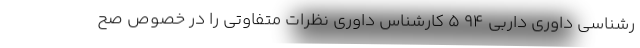
رشناسی داوری داربی ۹۴ ۵ کارشناس داوری نظرات متفاوتی را در خصوص صح